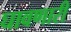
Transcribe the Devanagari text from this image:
घावणारी